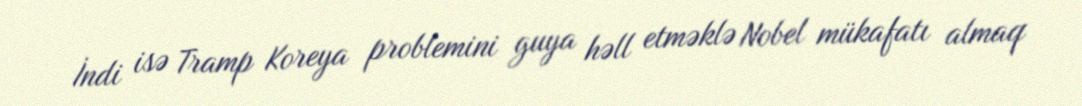
İndi isə Tramp Koreya problemini guya həll etməklə Nobel mükafatı almaq